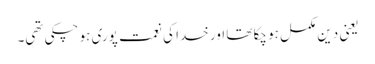
یعنی دین مکمل ہو چکا تھا اور خدا کی نعمت پوری ہو چکی تھی۔